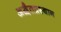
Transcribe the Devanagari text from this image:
अद्वैतप्रस्थान